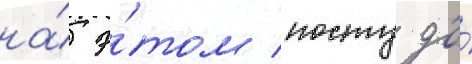
на́ э́том посту до́